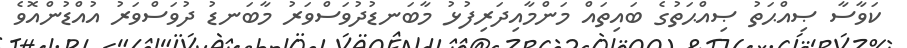
ކަވާސާ ޞިއްޙަތު ޞިއްޙަތުގެ ބައިތައް މަންމާއިދަރިފުޅު މާބަނޑުދުވަސްވަރު މާބަނޑު ދުވަސްވަރު އުއްޑުންއޮވެ